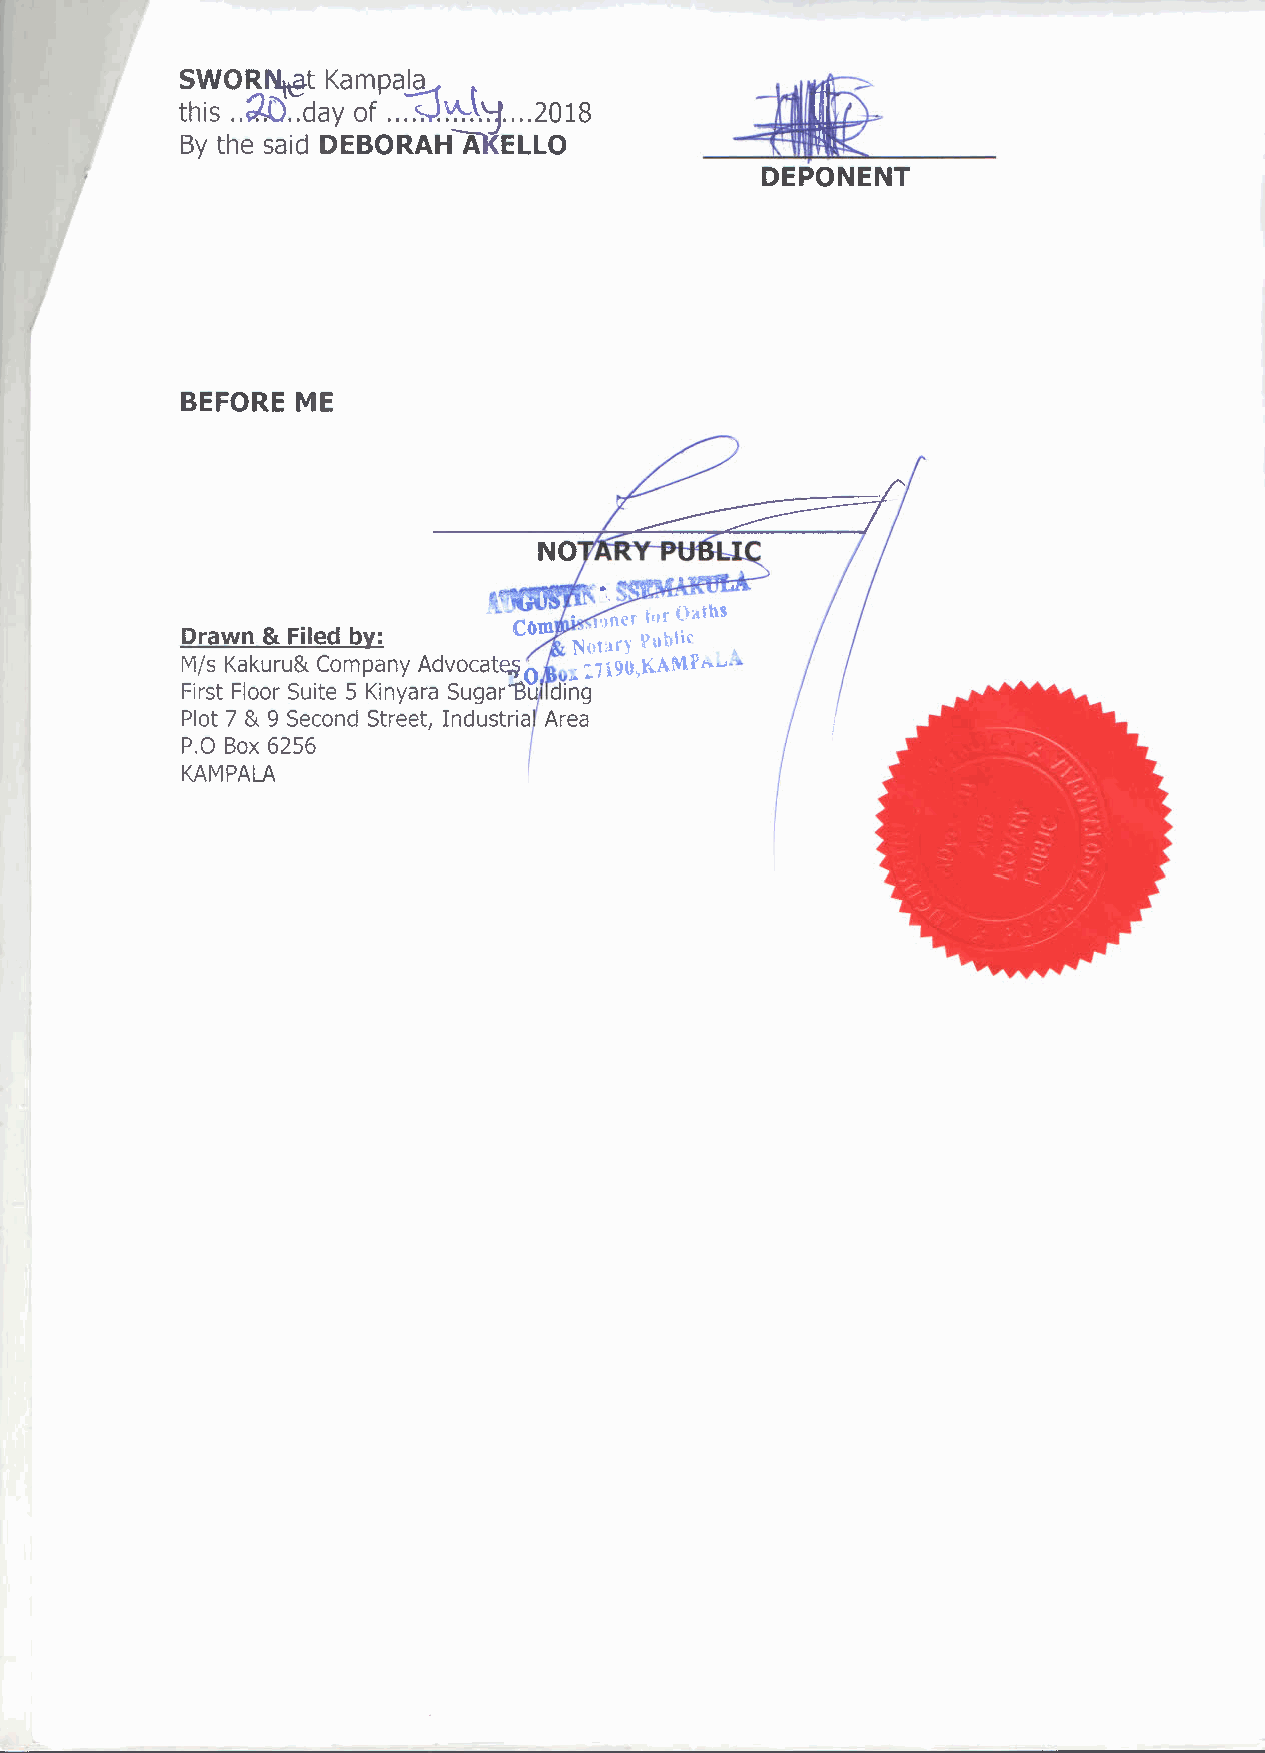
t
 SWOR~t    Kampala
 ~!t.~....
 this ..~ ..day of ..   2018
 By the said DEBORAH A ELLO
 BEFORE  ME
 _~mR~·~~~~-
 f     -,
 .           ••. C()11l .. II)oer 1!IfOatbS
 Drawn & Filed by:         NotM) Public .••
 Mis Kakuru& Company Advocat~o ,;.:7i.9(),KAMr.r.. •.~..
 First Floor Suite 5 Kinyara Sugar"'8u ding
 Plot 7 & 9 Second Street, Industria Area
 P,O Box 6256
 KAMPALA